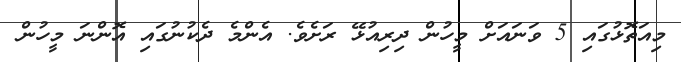
މިއަތޮޅުގައި 5 ވަނައަށް މީހުން ދިރިއުޅޭ ރަށެވެ. އެންމެ ދެކުނުގައި އޮންނަ މީހުން